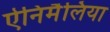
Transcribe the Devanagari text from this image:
ऐनिमैलिया